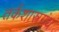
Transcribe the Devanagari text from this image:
तर्कशास्त्रग्रंथ